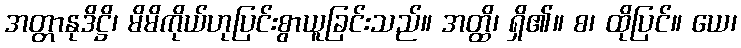
အတ္တာနုဒိဋ္ဌိ၊ မိမိကိုယ်ဟုပြင်းစွာယူခြင်းသည်။ အတ္ထိ၊ ရှိ၏။ စ၊ ထိုပြင်။ ယေ၊